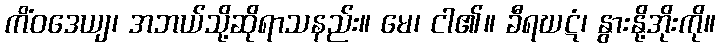
ကိံဝဒေယျ၊ အဘယ်သို့ဆိုရာသနည်း။ မေ၊ ငါ၏။ ခီရဃဋံ၊ နွားနို့အိုးကို။